Malaria in India - Number 2
Disease focus: Malaria
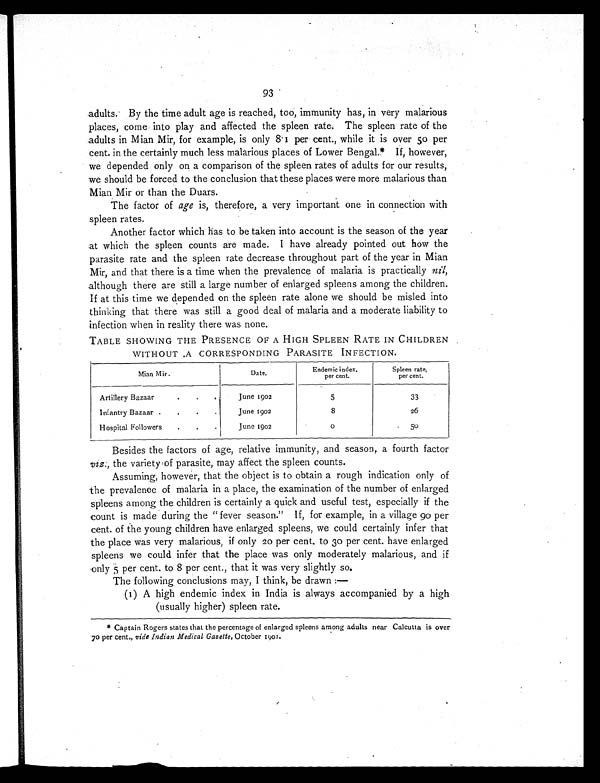
93
adults. By the time adult age is reached, too, immunity has, in very malarious
places, come into play and affected the spleen rate. The spleen rate of the
adults in Mian Mir, for example, is only 8.1 per cent., while it is over 50 per
cent. in the certainly much less malarious places of Lower Bengal.* If, however,
we depended only on a comparison of the spleen rates of adults for our results,
we should be forced to the conclusion that these places were more malarious than
Mian Mir or than the Duars.
The factor of age is, therefore, a very important one in connection with
spleen rates.
Another factor which has to be taken into account is the season of the year
at which the spleen counts are made. I have already pointed out how the
parasite rate and the spleen rate decrease throughout part of the year in Mian
Mir, and that there is a time when the prevalence of malaria is practically nil,
although there are still a large number of enlarged spleens among the children.
If at this time we depended on the spleen rate alone we should be misled into
thinking that there was still a good deal of malaria and a moderate liability to
infection when in reality there was none.
TABLE SHOWING THE PRESENCE OF A HIGH SPLEEN RATE IN CHILDREN
WITHOUT .A CORRESPONDING PARASITE INFECTION.
Mian Mir.
Date.
Endemic index,
per cent.
Spleen rate,
per cent.
Artillery Bazaar
. . .
June 1902
5
33
Infantry Bazaar .
.
.
.
June 1902
8
26
Hospital Followers
.
.
.
June 1902
0
50
Besides the factors of age, relative immunity, and season, a fourth factor
viz., the variety of parasite, may affect the spleen counts.
Assuming, however, that the object is to obtain a rough indication only of
the prevalence of malaria in a place, the examination of the number of enlarged
spleens among the children is certainly a quick and useful test, especially if the
count is made during the "fever season." If, for example, in a village 90 per
cent. of the young children have enlarged spleens, we could certainly infer that
the place was very malarious, if only 20 per cent. to 30 per cent. have enlarged
spleens we could infer that the place was only moderately malarious, and if
only 5 per cent. to 8 per cent., that it was very slightly so.
The following conclusions may, I think, be drawn:—
(1) A high endemic index in India is always accompanied by a high
(usually higher) spleen rate.
* Captain Rogers states that the percentage of enlarged spleens among adults near Calcutta is over
70 per cent., vide Indian Medical Gazette, October 1901.